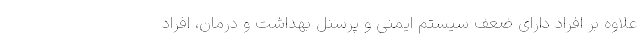
علاوه بر افراد دارای ضعف سیستم ایمنی و پرسنل بهداشت و درمان، افراد